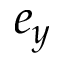
e _ { y }